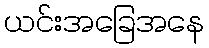
ယင်းအခြေအနေ